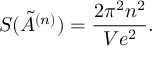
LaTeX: { \cal S } ( \tilde { A } ^ { ( n ) } ) = \frac { 2 \pi ^ { 2 } n ^ { 2 } } { V e ^ { 2 } } .